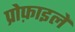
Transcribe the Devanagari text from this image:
प्रोफ़ाइलें